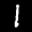
Label: 1